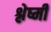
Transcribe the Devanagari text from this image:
श्लेष्मी